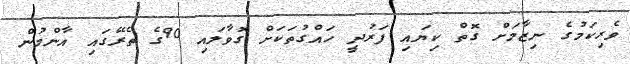
ވެރިކަމުގެ ނިޒާމަށް ގޮތް ކިޔައި ފަރުދީ ހައްގުތަކަށް ގޮވާލައި 90ގެ ތެރޭގައި އާންމުން